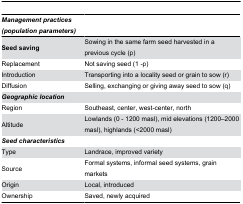
<table><thead><tr><td><b><i>Management practices (population parameters)</i></b></td><td></td></tr></thead><tbody><tr><td><b>Seed saving</b></td><td>Sowing in the same farm seed harvested in a previous cycle (p)</td></tr><tr><td>Replacement</td><td>Not saving seed (1 -p)</td></tr><tr><td>Introduction</td><td>Transporting into a locality seed or grain to sow (r)</td></tr><tr><td>Diffusion</td><td>Selling, exchanging or giving away seed to sow (q)</td></tr><tr><td><i><b>Geographic location</b></i></td><td></td></tr><tr><td>Region</td><td>Southeast, center, west-center, north</td></tr><tr><td>Altitude</td><td>Lowlands (0 - 1200 masl), mid elevations (1200–2000 masl), highlands (&lt;2000 masl)</td></tr><tr><td><i><b>Seed characteristics</b></i></td><td></td></tr><tr><td>Type</td><td>Landrace, improved variety</td></tr><tr><td>Source</td><td>Formal systems, informal seed systems, grain markets</td></tr><tr><td>Origin</td><td>Local, introduced</td></tr><tr><td>Ownership</td><td>Saved, newly acquired</td></tr></tbody></table>